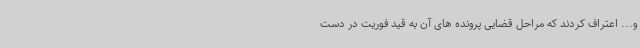
و... اعتراف کردند که مراحل قضایی پرونده های آن به قید فوریت در دست